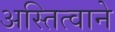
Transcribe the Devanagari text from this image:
अस्तित्वाने